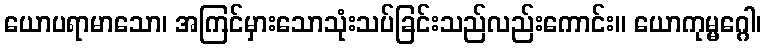
ယောပရာမာသော၊ အကြင်မှားသောသုံးသပ်ခြင်းသည်လည်းကောင်း။ ယောကုမ္မဂ္ဂေါ၊